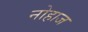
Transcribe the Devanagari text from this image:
नोहाज